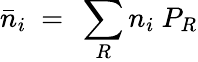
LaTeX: {\bar{n}}_{i}\ =\ \sum_{R}n_{i}\ P_{R}